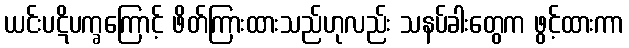
ယင်းပဋိပက္ခကြောင့် ဖိတ်ကြားထားသည်ဟုလည်း သနပ်ခါးတွေက ဖွင့်ထားကာ